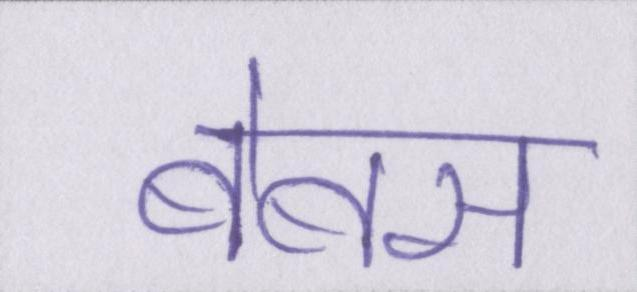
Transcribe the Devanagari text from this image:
बेबस